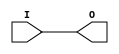
module IBUFG_HSTL_II (O, I);

    output O;

    input  I;

	buf B1 (O, I);


endmodule